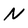
Character: N